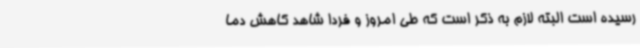
رسیده است البته لازم به ذکر است که طی امروز و فردا شاهد کاهش دما